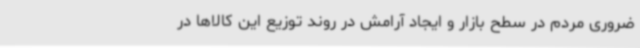
ضروری مردم در سطح بازار و ایجاد آرامش در روند توزیع این کالاها در